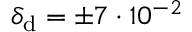
\delta _ { \mathrm { d } } = \pm 7 \cdot 1 0 ^ { - 2 }